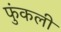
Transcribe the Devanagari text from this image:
फुंकली